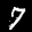
Label: 7